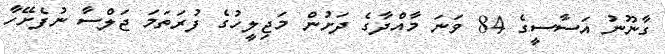
ގާނޫނު އަސާސީގެ 84 ވަނަ މާއްދާގެ ދަށުން މަޖިލީހުގެ ފުރަތަމަ ޖަލްސާ ނުފެށޭހާ